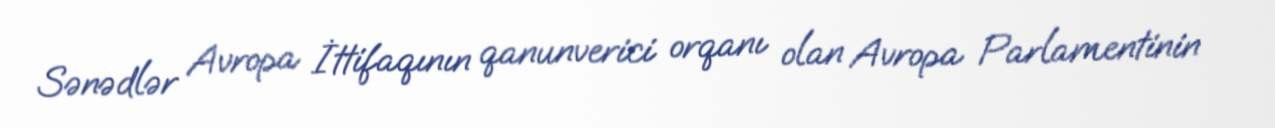
Sənədlər Avropa İttifaqının qanunverici orqanı olan Avropa Parlamentinin